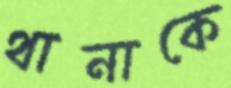
থানাকে